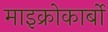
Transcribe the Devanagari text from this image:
माइक्रोकार्बो